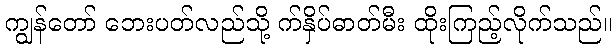
ကျွန်တော် ဘေးပတ်လည်သို့ က်နှိပ်ဓာတ်မီး ထိုးကြည့်လိုက်သည်။